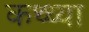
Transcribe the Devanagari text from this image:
कथ्थ्या